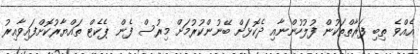
އެއްވެ ތިބި ފަރާތްތަކުން ފުލުހުންނާއި ދެކޮޅަށް ބޭނުންކުރުމަށް މިރުސް ފެން ޕެކެޓް ތައްޔާރުކޮށްފައިވާއިރު